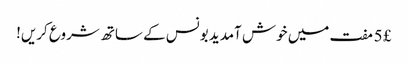
£ 5 مفت میں خوش آمدید بونس کے ساتھ شروع کریں!